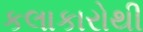
કલાકારોથી